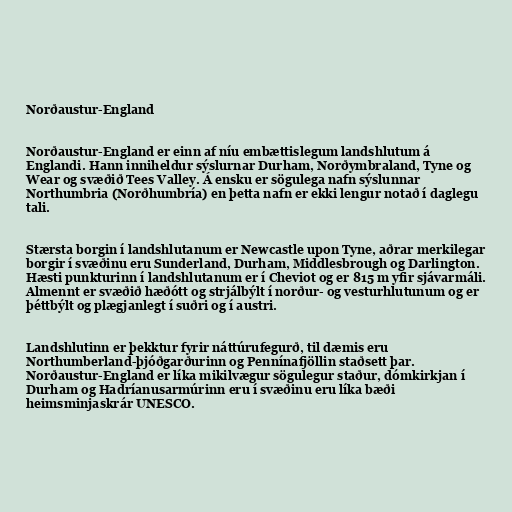
Norðaustur-England

Norðaustur-England er einn af níu embættislegum landshlutum á
Englandi. Hann inniheldur sýslurnar Durham, Norðymbraland, Tyne og
Wear og svæðið Tees Valley. Á ensku er sögulega nafn sýslunnar
Northumbria (Norðhumbría) en þetta nafn er ekki lengur notað í daglegu
tali.

Stærsta borgin í landshlutanum er Newcastle upon Tyne, aðrar merkilegar
borgir í svæðinu eru Sunderland, Durham, Middlesbrough og Darlington.
Hæsti punkturinn í landshlutanum er í Cheviot og er 815 m yfir sjávarmáli.
Almennt er svæðið hæðótt og strjálbýlt í norður- og vesturhlutunum og er
þéttbýlt og plægjanlegt í suðri og í austri.

Landshlutinn er þekktur fyrir náttúrufegurð, til dæmis eru
Northumberland-þjóðgarðurinn og Pennínafjöllin staðsett þar.
Norðaustur-England er líka mikilvægur sögulegur staður, dómkirkjan í
Durham og Hadríanusarmúrinn eru í svæðinu eru líka bæði
heimsminjaskrár UNESCO.